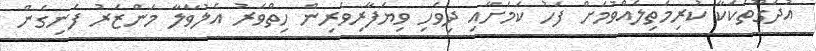
އުދަގޫތަކަކާ ކުރިމަތިލެއްވުމަށް ފަހު ކަމަށާއި ދިވެހި ވިޔަފާރިވެރިން ހިތްވަރު އެލުވާލާ މަންޒަރު ފެނިގެން